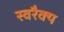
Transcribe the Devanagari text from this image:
स्वरैक्य